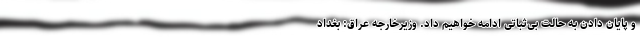
و پایان دادن به حالت بی‌ثباتی ادامه خواهیم داد. وزیرخارجه عراق: بغداد